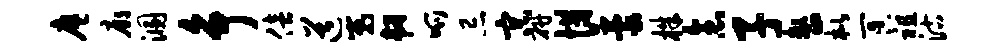
廖廊溷争倍道嵬韧呱忌宗研惜蒙株念子整枇冥祖沽